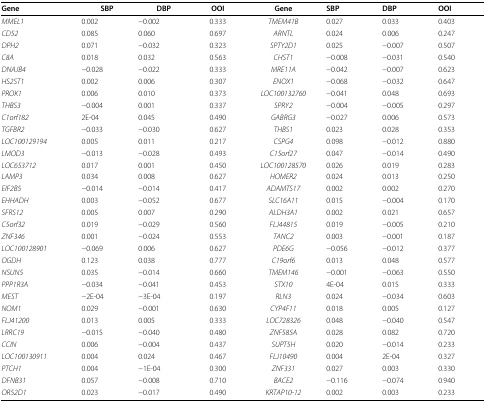
<table><thead><tr><td><b>Gene</b></td><td><b>SBP</b></td><td><b>DBP</b></td><td><b>OOI</b></td><td><b>Gene</b></td><td><b>SBP</b></td><td><b>DBP</b></td><td><b>OOI</b></td></tr></thead><tbody><tr><td><i>MMEL1</i></td><td>0.002</td><td>−0.002</td><td>0.333</td><td><i>TMEM41B</i></td><td>0.027</td><td>0.033</td><td>0.403</td></tr><tr><td><i>CD52</i></td><td>0.085</td><td>0.060</td><td>0.697</td><td><i>ARNTL</i></td><td>0.024</td><td>0.006</td><td>0.247</td></tr><tr><td><i>DPH2</i></td><td>0.071</td><td>−0.032</td><td>0.323</td><td><i>SPTY2D1</i></td><td>0.025</td><td>−0.007</td><td>0.507</td></tr><tr><td><i>C8A</i></td><td>0.018</td><td>0.032</td><td>0.563</td><td><i>CHST1</i></td><td>−0.008</td><td>−0.031</td><td>0.540</td></tr><tr><td><i>DNAJB4</i></td><td>−0.028</td><td>−0.022</td><td>0.333</td><td><i>MRE11A</i></td><td>−0.042</td><td>−0.007</td><td>0.623</td></tr><tr><td><i>HS2ST1</i></td><td>0.002</td><td>0.006</td><td>0.307</td><td><i>ENOX1</i></td><td>−0.068</td><td>−0.032</td><td>0.647</td></tr><tr><td><i>PROK1</i></td><td>0.006</td><td>0.010</td><td>0.373</td><td><i>LOC100132760</i></td><td>−0.041</td><td>0.048</td><td>0.693</td></tr><tr><td><i>THBS3</i></td><td>−0.004</td><td>0.001</td><td>0.337</td><td><i>SPRY2</i></td><td>−0.004</td><td>−0.005</td><td>0.297</td></tr><tr><td><i>C1orf182</i></td><td>2E-04</td><td>0.045</td><td>0.490</td><td><i>GABRG3</i></td><td>−0.027</td><td>0.006</td><td>0.573</td></tr><tr><td><i>TGFBR2</i></td><td>−0.033</td><td>−0.030</td><td>0.627</td><td><i>THBS1</i></td><td>0.023</td><td>0.028</td><td>0.353</td></tr><tr><td><i>LOC100129194</i></td><td>0.005</td><td>0.011</td><td>0.217</td><td><i>CSPG4</i></td><td>0.098</td><td>−0.012</td><td>0.880</td></tr><tr><td><i>LMOD3</i></td><td>−0.013</td><td>−0.028</td><td>0.493</td><td><i>C15orf27</i></td><td>0.047</td><td>−0.014</td><td>0.490</td></tr><tr><td><i>LOC653712</i></td><td>0.017</td><td>0.001</td><td>0.450</td><td><i>LOC100128570</i></td><td>0.026</td><td>0.019</td><td>0.283</td></tr><tr><td><i>LAMP3</i></td><td>0.034</td><td>0.008</td><td>0.627</td><td><i>HOMER2</i></td><td>0.024</td><td>0.013</td><td>0.250</td></tr><tr><td><i>EIF2B5</i></td><td>−0.014</td><td>−0.014</td><td>0.417</td><td><i>ADAMTS17</i></td><td>0.002</td><td>0.002</td><td>0.270</td></tr><tr><td><i>EHHADH</i></td><td>0.003</td><td>−0.052</td><td>0.677</td><td><i>SLC16A11</i></td><td>0.015</td><td>−0.004</td><td>0.170</td></tr><tr><td><i>SFRS12</i></td><td>0.005</td><td>0.007</td><td>0.290</td><td><i>ALDH3A1</i></td><td>0.002</td><td>0.021</td><td>0.657</td></tr><tr><td><i>C5orf32</i></td><td>0.019</td><td>−0.029</td><td>0.560</td><td><i>FLJ44815</i></td><td>0.019</td><td>−0.005</td><td>0.210</td></tr><tr><td><i>ZNF346</i></td><td>0.001</td><td>−0.024</td><td>0.553</td><td><i>TANC2</i></td><td>0.003</td><td>−0.001</td><td>0.187</td></tr><tr><td><i>LOC100128901</i></td><td>−0.069</td><td>0.006</td><td>0.627</td><td><i>PDE6G</i></td><td>−0.056</td><td>−0.012</td><td>0.377</td></tr><tr><td><i>OGDH</i></td><td>0.123</td><td>0.038</td><td>0.777</td><td><i>C19orf6</i></td><td>0.013</td><td>0.048</td><td>0.577</td></tr><tr><td><i>NSUN5</i></td><td>0.035</td><td>−0.014</td><td>0.660</td><td><i>TMEM146</i></td><td>−0.001</td><td>−0.063</td><td>0.550</td></tr><tr><td><i>PPP1R3A</i></td><td>−0.034</td><td>−0.041</td><td>0.453</td><td><i>STX10</i></td><td>4E-04</td><td>0.015</td><td>0.333</td></tr><tr><td><i>MEST</i></td><td>−2E-04</td><td>−3E-04</td><td>0.197</td><td><i>RLN3</i></td><td>0.024</td><td>−0.034</td><td>0.603</td></tr><tr><td><i>NOM1</i></td><td>0.029</td><td>−0.001</td><td>0.630</td><td><i>CYP4F11</i></td><td>0.018</td><td>0.005</td><td>0.127</td></tr><tr><td><i>FLJ41200</i></td><td>0.013</td><td>0.005</td><td>0.333</td><td><i>LOC728326</i></td><td>0.048</td><td>−0.040</td><td>0.547</td></tr><tr><td><i>LRRC19</i></td><td>−0.015</td><td>−0.040</td><td>0.480</td><td><i>ZNF585A</i></td><td>0.028</td><td>0.082</td><td>0.720</td></tr><tr><td><i>CCIN</i></td><td>0.006</td><td>−0.004</td><td>0.437</td><td><i>SUPT5H</i></td><td>0.020</td><td>−0.014</td><td>0.233</td></tr><tr><td><i>LOC100130911</i></td><td>0.004</td><td>0.024</td><td>0.467</td><td><i>FLJ10490</i></td><td>0.004</td><td>2E-04</td><td>0.327</td></tr><tr><td><i>PTCH1</i></td><td>0.004</td><td>−1E-04</td><td>0.300</td><td><i>ZNF331</i></td><td>0.027</td><td>0.003</td><td>0.330</td></tr><tr><td><i>DFNB31</i></td><td>0.057</td><td>−0.008</td><td>0.710</td><td><i>BACE2</i></td><td>−0.116</td><td>−0.074</td><td>0.940</td></tr><tr><td><i>OR52D1</i></td><td>0.023</td><td>−0.017</td><td>0.490</td><td><i>KRTAP10-12</i></td><td>0.002</td><td>0.003</td><td>0.233</td></tr></tbody></table>